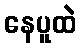
နေပူထဲ